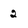
Character: 2